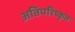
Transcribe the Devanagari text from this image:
अतिपरिष्कृत